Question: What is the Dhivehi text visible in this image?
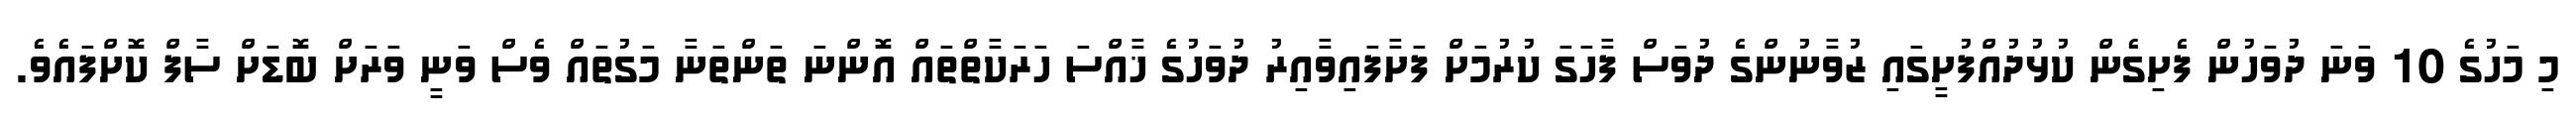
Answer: މި މަހުގެ 10 ވަނަ ދުވަހުން ފެށިގެން ކުޅުދުއްފުށީގައި ޒުވާނުންގެ ދުވަސް ފާހަގަ ކުރުމަށް ފަށާފައިވާއިރު ދުވަހުގެ ޚާއްސަ ހަރަކާތްތައް އޮންނަ ތަންތަނާ މަގުތައް ވެސް ވަނީ ވަރަށް ބޮޑަށް ސާފް ކޮށްފައެވެ.